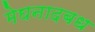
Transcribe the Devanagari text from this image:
मेघनादबध